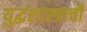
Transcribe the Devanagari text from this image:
युद्धशास्त्राची